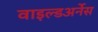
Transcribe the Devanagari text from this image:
वाइल्डअर्नेस